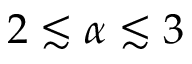
2 \lesssim \alpha \lesssim 3